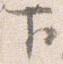
下